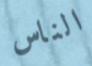
الناس